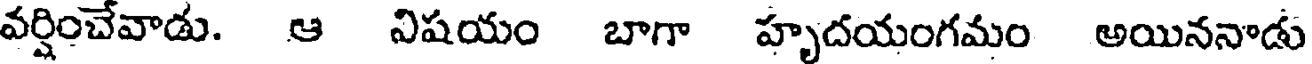
వర్షించేవాడు. ఆ విషయం బాగా హృదయంగమం అయిననాడు